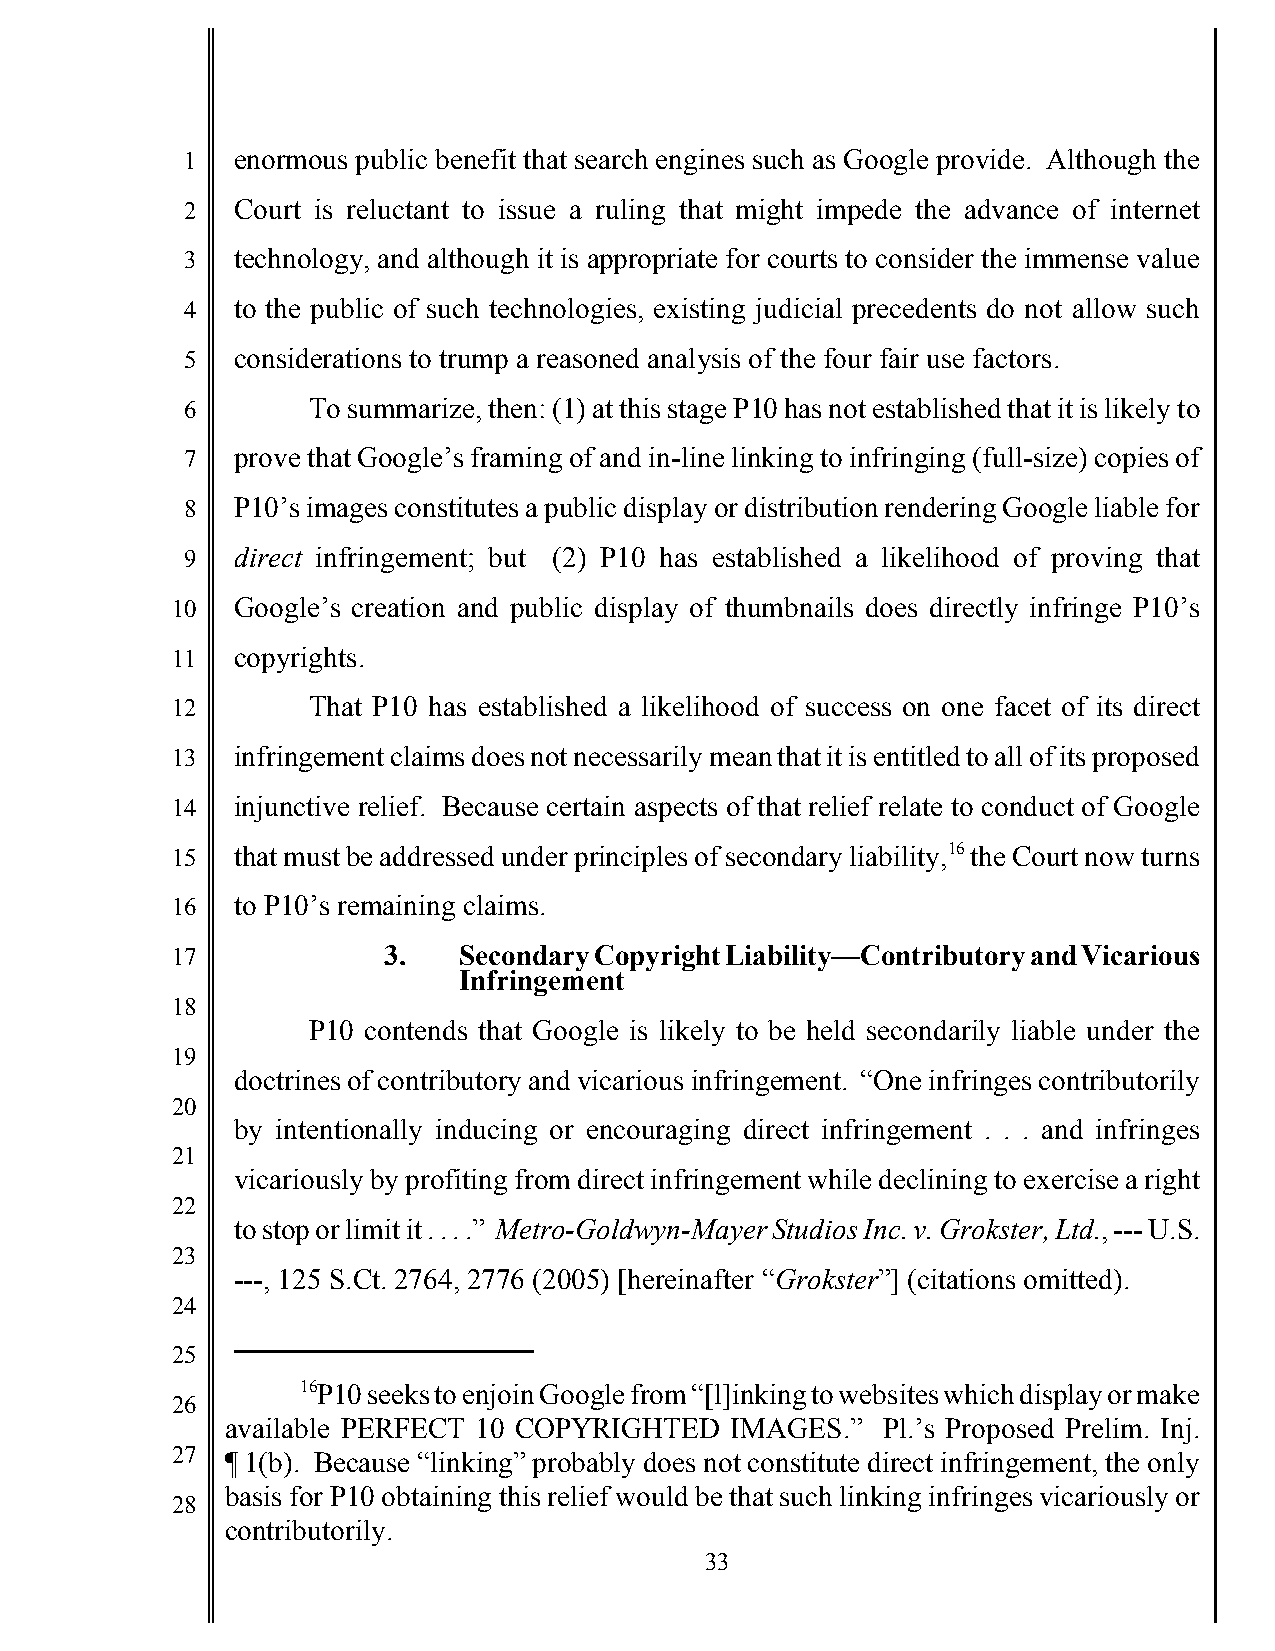
1   enormous public benefit that search engines such as Google provide. Although the
 2   Court is reluctant to issue a ruling that might impede the advance of internet
 3   technology, and although it is appropriate for courts to consider the immense value
 4   to the public of such technologies, existing judicial precedents do not allow such
 5   considerations to trump a reasoned analysis of the four fair use factors.
 6       To summarize, then: (1) at this stage P10 has not established that it is likely to
 7   prove that Google’s framing of and in-line linking to infringing (full-size) copies of
 8   P10’s images constitutes a public display or distribution rendering Google liable for
 9   direct infringement; but (2) P10 has established a likelihood of proving that
 10   Google’s creation and public display of thumbnails does directly infringe P10’s
 11   copyrights.
 12       That P10 has established a likelihood of success on one facet of its direct
 13   infringement claims does not necessarily mean that it is entitled to all of its proposed
 14   injunctive relief. Because certain aspects of that relief relate to conduct of Google
 15   that must be addressed under principles of secondary liability,16 the Court now turns
 16   to P10’s remaining claims.
 17            3.   Secondary Copyright Liability—Contributory and Vicarious
 Infringement
 18
 P10 contends that Google is likely to be held secondarily liable under the
 19
 doctrines of contributory and vicarious infringement. “One infringes contributorily
 20
 by intentionally inducing or encouraging direct infringement . . . and infringes
 21
 vicariously by profiting from direct infringement while declining to exercise a right
 22
 to stop or limit it . . . .” Metro-Goldwyn-Mayer Studios Inc. v. Grokster, Ltd., --- U.S.
 23
 ---, 125 S.Ct. 2764, 2776 (2005) [hereinafter “Grokster”] (citations omitted).
 24
 25
 16P10 seeks to enjoin Google from “[l]inking to websites which display or make
 26
 available PERFECT 10 COPYRIGHTED IMAGES.”  Pl.’s Proposed Prelim. Inj.
 27  ¶ 1(b). Because “linking” probably does not constitute direct infringement, the only
 basis for P10 obtaining this relief would be that such linking infringes vicariously or
 28
 contributorily.
 33